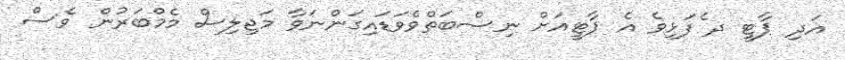
އަދި ޕާޓީ ދ ެފަޅިވެ އެ ޕާޓީއަށް ނިސްބަތްވެވަޑައިގަންނަވާ މަޖިލިސް މެމްބަރުން ވެސް